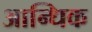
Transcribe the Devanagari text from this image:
आन्धिक